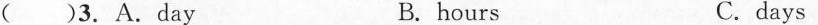
( )3. A.Day B. hours C. days